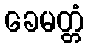
ခေမတ္တံ